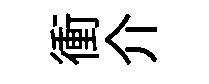
衝介